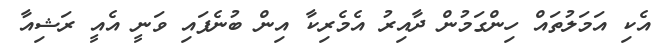
އެކި އަމަލުތައް ހިންގަމުން ދާއިރު އެމެރިކާ އިން ބުނެފައި ވަނީ އެއީ ރަޝިއާ